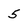
Character: 5